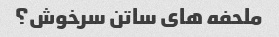
ملحفه های ساتن سرخوش؟